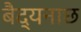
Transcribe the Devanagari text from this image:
बैद्यनाछ